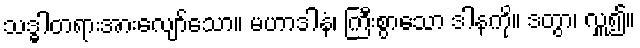
သဒ္ဓါတရားအားလျော်သော။ မဟာဒါနံ၊ ကြီးစွာသော ဒါနကို။ ဒတွာ၊ လှူ၍။